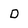
Character: D